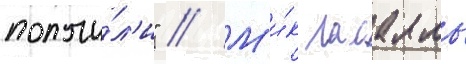
получи́л'и" // М'и́к ласалль